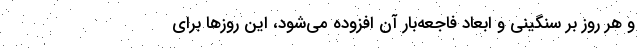
و هر روز بر سنگینی و ابعاد فاجعه‌بار آن افزوده می‌شود، این روزها برای